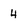
Character: 4